Leaving Certificate Examination, 1913
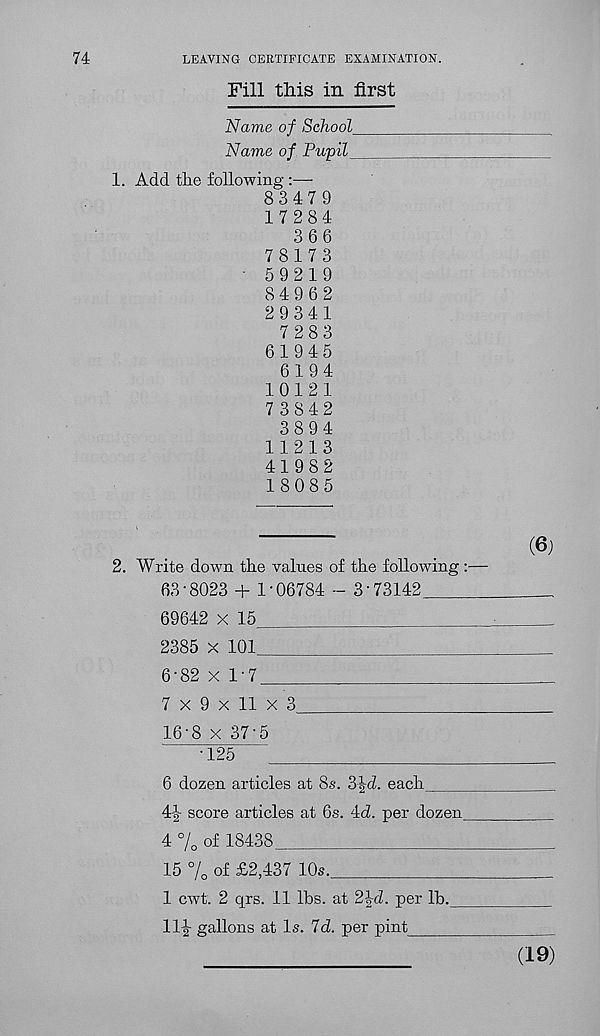
74
LEAVING CERTIFICATE EXAMINATION.
Fill this in first
Name of School
Name of Pupil
1. Add the following :—
83479
1 7 284
366
78173
• 59219
84962
2 9 341
7 283
61945
6 194
1012 1
7 3842
3894
11213
41982
18085
2. Write down the values of the following:—
63-8023 + 1-06784 - 3’73142
69642 x 15
2385 x 101
6-82 x 1-7
I
7 x 9 x 11 x 3
16-8 x 37-5
•125
6 dozen articles at 8s. 3^d. each
4-|- score articles at 6s. id. per dozen
4 % of 18438
15 % of £2,437 10s.
1 cwt. 2 qrs. 11 lbs. at 2|d. per lb.
11|- gallons at Is. Id. per pint
(19)